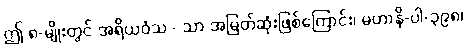
ဤ ၈-မျိုးတွင် အရိယဝံသ - သာ အမြတ်ဆုံးဖြစ်ကြောင်း၊ မဟာနိ-ပါ-၃၉၈၊